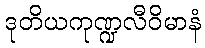
ဒုတိယကုဏ္ဍလီဝိမာနံ